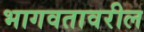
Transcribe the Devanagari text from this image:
भागवतावरील